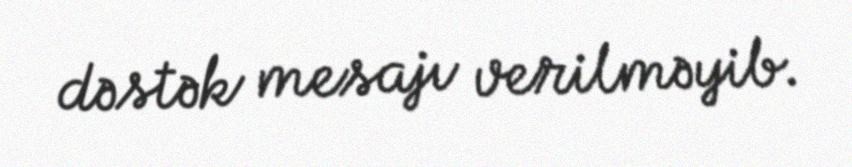
dəstək mesajı verilməyib.